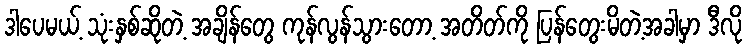
ဒါပေမယ့် သုံးနှစ်ဆိုတဲ့ အချိန်တွေ ကုန်လွန်သွားတော့ အတိတ်ကို ပြန်တွေးမိတဲ့အခါမှာ ဒီလို